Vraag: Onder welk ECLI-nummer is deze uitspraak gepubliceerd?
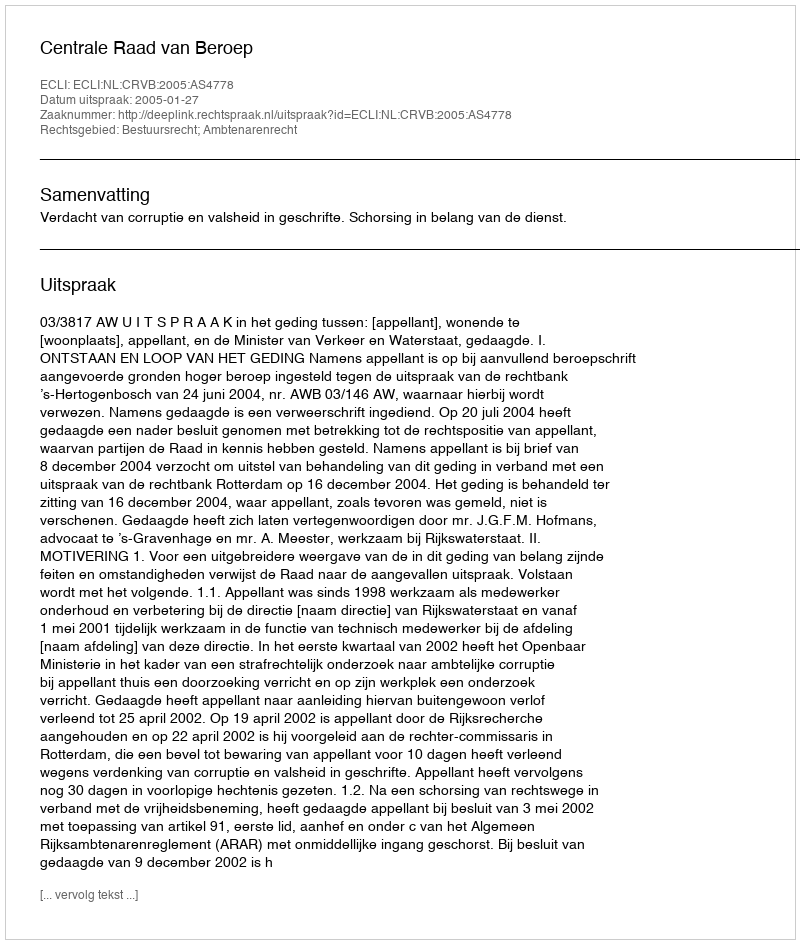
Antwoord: ECLI:NL:CRVB:2005:AS4778